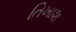
તિખાશ